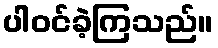
ပါဝင်ခဲ့ကြသည်။